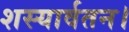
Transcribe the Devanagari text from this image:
शस्यार्वतन।